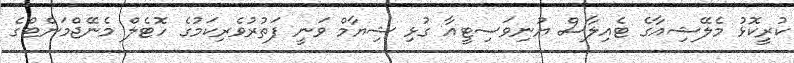
ކުރީކޮޅު މެލޭޝިއާގެ ޓެއިލާސް ޔުނިވަސިޓީއާ ގުޅި ޝިޔާމް ވަނީ ފަތުރުވެރިކަމުގެ ހޮޓެލް މެނޭޖްމަންޓްގެ